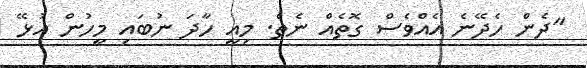
"ދެން ހެދޭނެ އެއްވެސް ގޮތެއް ނެތް. މިއީ ހާދަ ނުބައި މީހުން އުޅޭ